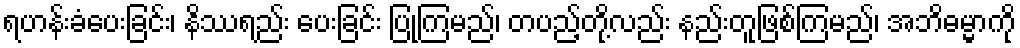
ရဟန်းခံပေးခြင်း၊ နိဿရည်း ပေးခြင်း ပြုကြမည်၊ တပည့်တို့လည်း နည်းတူဖြစ်ကြမည်၊ အဘိဓမ္မာကို